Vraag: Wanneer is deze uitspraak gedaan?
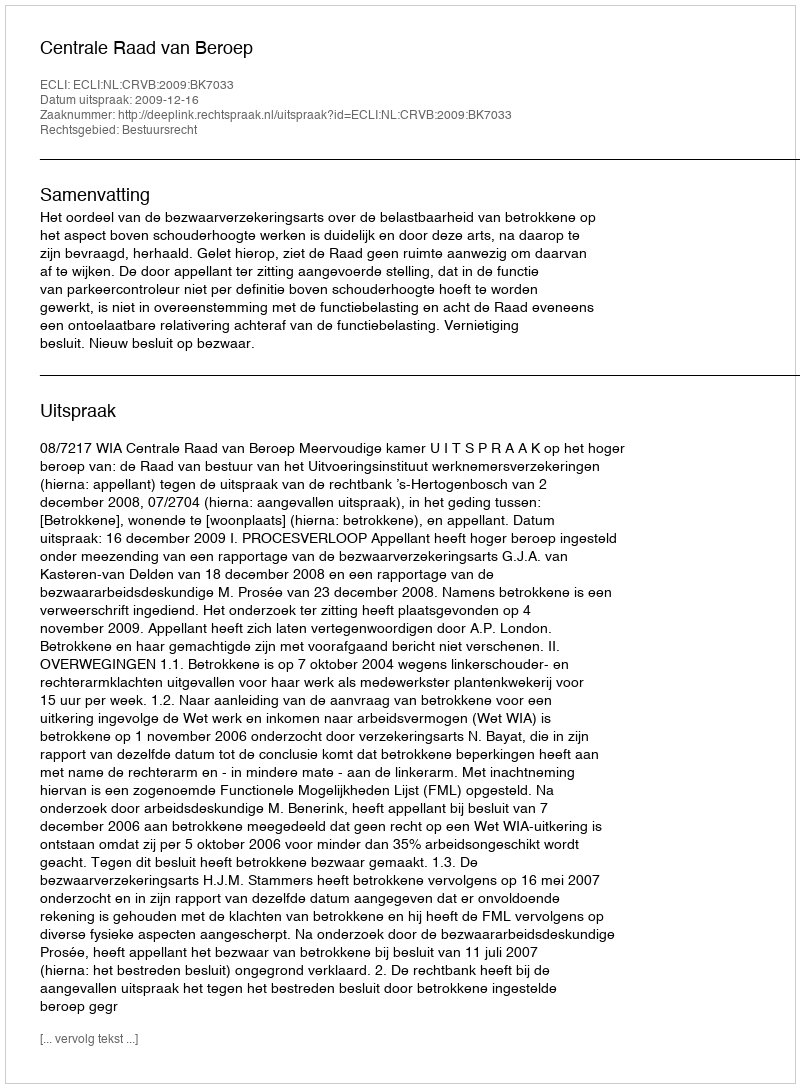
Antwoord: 2009-12-16